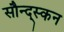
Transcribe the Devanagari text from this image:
सौन्द्स्कन